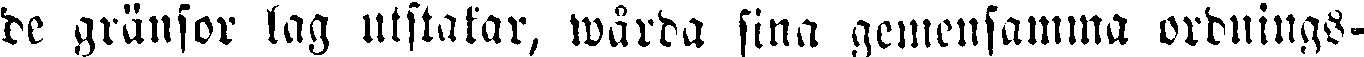
de gränsor lag utstakar, wårda sina gemensamma ordnings-